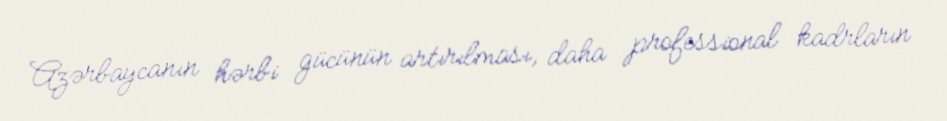
Azərbaycanın hərbi gücünün artırılması, daha professional kadrların